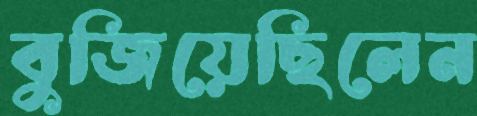
বুজিয়েছিলেন